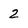
Character: 2